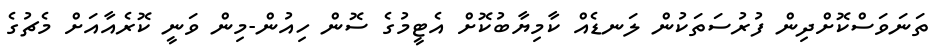
ތަނަވަސްކޮށްދިން ފުރުސަތަކުން ލަނޑެއް ކާމިޔާބުކޮށް އެޓީމުގެ ސޮން ހިއުން-މިން ވަނީ ކޮރެއާއަށް މެޗުގެ